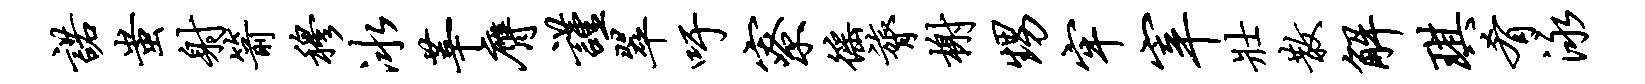
诺蚩射箭穆冰莘膺谨翠吁寮徭膂榭甥牢宰壮散解琪肴泳